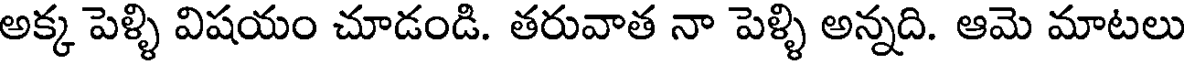
అక్క పెళ్ళి విషయం చూడండి. తరువాత నా పెళ్ళి అన్నది. ఆమె మాటలు